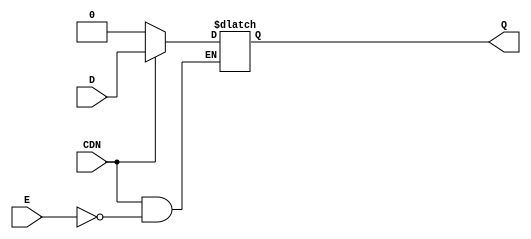
// SPDX-License-Identifier: Apache-2.0
// Copyright (c) 2019  Ayar Labs, Inc.
// Copyright (C) 2019 Intel Corporation. 
// Ayar modification: added pragma to ensure synthesis of a
// resettable latch (as opposed to something that forces E = 1'b1 to reset)
module aibcr3_latch (
	input wire E,
	input wire CDN,
	input wire D,
	output reg Q
);

wire latch_reset;
assign latch_reset = !CDN;

//cadence async_set_reset "latch_reset"
//synopsys async_set_reset "latch_reset"
always@(*) begin
	if (latch_reset) Q <= 0;
	else if (E) Q <= D;
end
endmodule